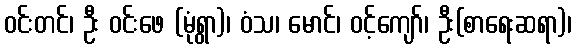
ဝင်းတင်၊ ဦး ဝင်းဖေ (မုံရွာ)၊ ဝံသ၊ မောင်၊ ဝင့်ကျော်၊ ဦး(စာရေးဆရာ)၊